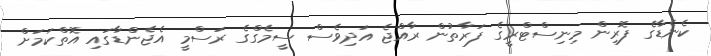
ކެނެޑާގެ ފޮރިން މިނިސްޓްރީގެ ފަރާތުން ރާއްޖެ އަދިވެސް ސީމެގްގެ ރަސްމީ އެޖެންޑާގައި އޮތްކަމަށް